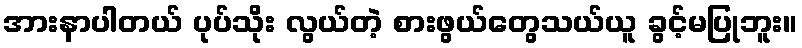
အားနာပါတယ် ပုပ်သိုး လွယ်တဲ့ စားဖွယ်တွေသယ်ယူ ခွင့်မပြုဘူး။